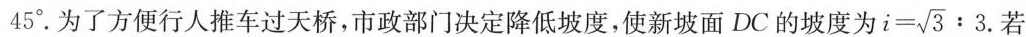
45°。为了方便行人推车过天桥，市政部门决定降低坡度，使新坡面DC的坡度为 $$i= \sqrt{3}:3.$$ 若